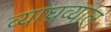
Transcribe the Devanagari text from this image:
व्याघ्रव्याल